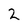
Character: 2